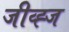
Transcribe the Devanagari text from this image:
जीव्ह्ज